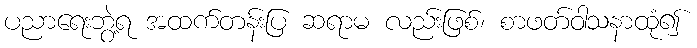
ပညာရေးဘွဲ့ရ အထက်တန်းပြ ဆရာမ လည်းဖြစ်၊ စာဖတ်ဝါသနာထုံ၍